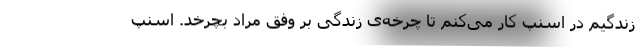
زندگیم در اسنپ کار می‌کنم تا چرخه‌ی زندگی بر وفق مراد بچرخد. اسنپ